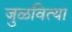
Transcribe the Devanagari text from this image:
जुळवित्या